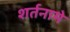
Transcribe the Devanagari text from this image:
शर्तनामे